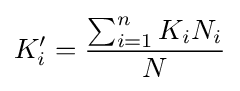
K'_{i}={\frac {\sum _{i=1}^{n}K_{i}N_{i}}{N}}